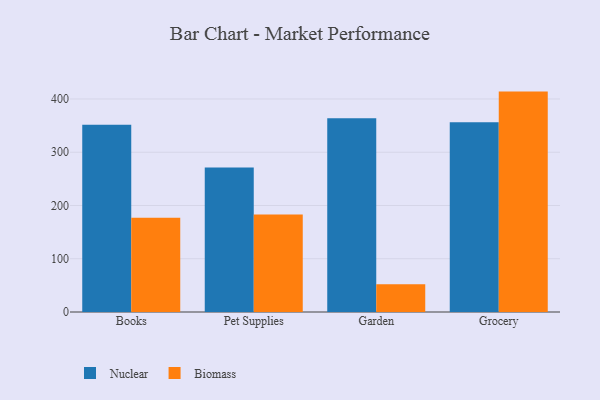
{"axis": {"x": "Category", "y": "Humidity (%)"}, "legend": ["Biomass", "Nuclear"], "data": [{"x": "Books", "y": 351.6, "type": "Nuclear"}, {"x": "Books", "y": 176.9, "type": "Biomass"}, {"x": "Pet Supplies", "y": 271.5, "type": "Nuclear"}, {"x": "Pet Supplies", "y": 183.1, "type": "Biomass"}, {"x": "Garden", "y": 363.7, "type": "Nuclear"}, {"x": "Garden", "y": 52.1, "type": "Biomass"}, {"x": "Grocery", "y": 356.3, "type": "Nuclear"}, {"x": "Grocery", "y": 413.9, "type": "Biomass"}]}